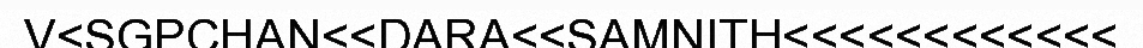
V<SGPCHAN<<DARA<<SAMNITH<<<<<<<<<<<<